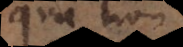
qua non